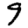
Digit: 9